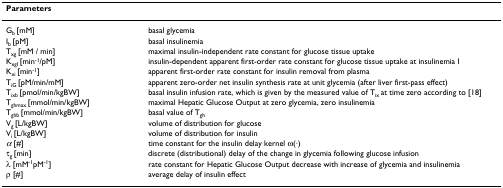
<table><thead><tr><td><b>Parameters</b></td><td></td></tr></thead><tbody><tr><td>G<sub>b </sub>[mM]</td><td>basal glycemia</td></tr><tr><td>I<sub>b </sub>[pM]</td><td>basal insulinemia</td></tr><tr><td>T<sub>xg </sub>[mM / min]</td><td>maximal insulin-independent rate constant for glucose tissue uptake</td></tr><tr><td>K<sub>xgI </sub>[min<sup>-1</sup>/pM]</td><td>insulin-dependent apparent first-order rate constant for glucose tissue uptake at insulinemia I</td></tr><tr><td>K<sub>xi </sub>[min<sup>-1</sup>]</td><td>apparent first-order rate constant for insulin removal from plasma</td></tr><tr><td>T<sub>iG </sub>[pM/min/mM]</td><td>apparent zero-order net insulin synthesis rate at unit glycemia (after liver first-pass effect)</td></tr><tr><td>T<sub>ixb </sub>[pmol/min/kgBW]</td><td>basal insulin infusion rate, which is given by the measured value of T<sub>ix </sub>at time zero according to [18]</td></tr><tr><td>T<sub>ghmax </sub>[mmol/min/kgBW]</td><td>maximal Hepatic Glucose Output at zero glycemia, zero insulinemia</td></tr><tr><td>T<sub>ghb </sub>[mmol/min/kgBW]</td><td>basal value of T<sub>gh</sub></td></tr><tr><td>V<sub>g </sub>[L/kgBW]</td><td>volume of distribution for glucose</td></tr><tr><td>V<sub>i </sub>[L/kgBW]</td><td>volume of distribution for insulin</td></tr><tr><td><i>α </i>[#]</td><td>time constant for the insulin delay kernel ω(·)</td></tr><tr><td>τ<sub>g </sub>[min]</td><td>discrete (distributional) delay of the change in glycemia following glucose infusion</td></tr><tr><td>λ [mM<sup>-1</sup>pM<sup>-1</sup>]</td><td>rate constant for Hepatic Glucose Output decrease with increase of glycemia and insulinemia</td></tr><tr><td>ρ [#]</td><td>average delay of insulin effect</td></tr></tbody></table>